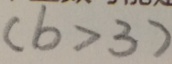
( b > 3 )